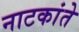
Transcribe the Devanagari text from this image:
नाटकांते